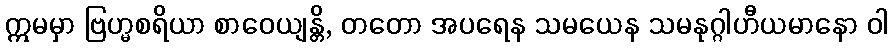
ဣမမှာ ဗြဟ္မစရိယာ စာဝေယျန္တိ, တတော အပရေန သမယေန သမနုဂ္ဂါဟီယမာနော ဝါ